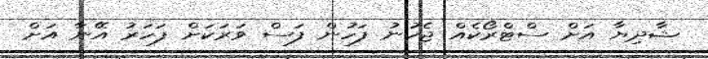
ޝާދިޔާ އަށް ސްޓްރޯކެއް ޖެހުނު ފަހުން ފަސް ވަރަކަށް ފަހަރު އޭނާ އަށް